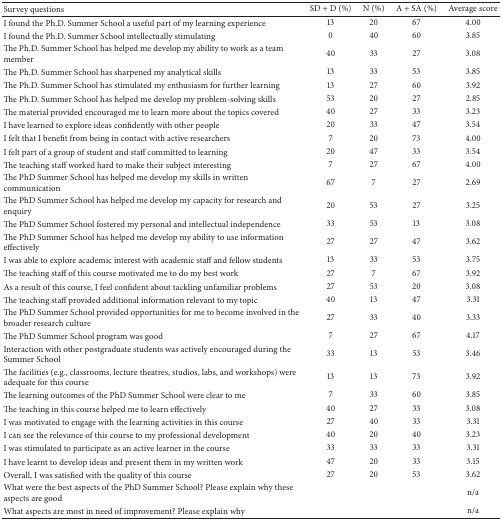
<table><thead><tr><td><b>Survey questions</b></td><td><b>SD + D (%)</b></td><td><b>N (%)</b></td><td><b>A + SA (%)</b></td><td><b>Average score</b></td></tr></thead><tbody><tr><td>I found the PhD Summer School a useful part of my learning experience</td><td>13</td><td>20</td><td>67</td><td>4.00</td></tr><tr><td>I found the PhD Summer School intellectually stimulating </td><td>0</td><td>40</td><td>60</td><td>3.85</td></tr><tr><td>The Ph.D. Summer School has helped me develop my ability to work as a team member</td><td>40</td><td>33</td><td>27</td><td>3.08</td></tr><tr><td>The Ph.D. Summer School has sharpened my analytical skills</td><td>13</td><td>33</td><td>53</td><td>3.85</td></tr><tr><td>The Ph.D. Summer School has stimulated my enthusiasm for further learning</td><td>13</td><td>27</td><td>60</td><td>3.92</td></tr><tr><td>The Ph.D. Summer School has helped me develop my problem-solving skills</td><td>53</td><td>20</td><td>27</td><td>2.85</td></tr><tr><td>The material provided encouraged me to learn more about the topics covered</td><td>40</td><td>27</td><td>33</td><td>3.23</td></tr><tr><td>I have learned to explore ideas confidently with other people</td><td>20</td><td>33</td><td>47</td><td>3.54</td></tr><tr><td>I felt that I benefit from being in contact with active researchers</td><td>7</td><td>20</td><td>73</td><td>4.00</td></tr><tr><td>I felt part of a group of student and staff committed to learning</td><td>20</td><td>47</td><td>33</td><td>3.54</td></tr><tr><td>The teaching staff worked hard to make their subject interesting</td><td>7</td><td>27</td><td>67</td><td>4.00</td></tr><tr><td>The Ph.D. Summer School has helped me develop my skills in written communication</td><td>67</td><td>7</td><td>27</td><td>2.69</td></tr><tr><td>The Ph.D. Summer School has helped me develop my capacity for research and enquiry</td><td>20</td><td>53</td><td>27</td><td>3.25</td></tr><tr><td>The PhD Summer School fostered my personal and intellectual independence</td><td>33</td><td>53</td><td>13</td><td>3.08</td></tr><tr><td>The PhD Summer School has helped me develop my ability to use information effectively</td><td>27</td><td>27</td><td>47</td><td>3.62</td></tr><tr><td>I was able to explore academic interest with academic staff and fellow students </td><td>13</td><td>33</td><td>53</td><td>3.75</td></tr><tr><td>The teaching staff of this course motivated me to do my best work </td><td>27</td><td>7</td><td>67</td><td>3.92</td></tr><tr><td>As a result of this course, I feel confident about tackling unfamiliar problems</td><td>27</td><td>53</td><td>20</td><td>3.08</td></tr><tr><td>The teaching staff provided additional information relevant to my topic</td><td>40</td><td>13</td><td>47</td><td>3.31</td></tr><tr><td>The PhD Summer School provided opportunities for me to become involved in the broader research culture</td><td>27</td><td>33</td><td>40</td><td>3.33</td></tr><tr><td>The PhD Summer School program was good </td><td>7</td><td>27</td><td>67</td><td>4.17</td></tr><tr><td>Interaction with other postgraduate students was actively encouraged during the Summer School</td><td>33</td><td>13</td><td>53</td><td>3.46</td></tr><tr><td>The facilities (e.g., classrooms, lecture theatres, studios, labs, and workshops) were adequate for this course</td><td>13</td><td>13</td><td>73</td><td>3.92</td></tr><tr><td>The learning outcomes of the PhD Summer School were clear to me </td><td>7</td><td>33</td><td>60</td><td>3.85</td></tr><tr><td>The teaching in this course helped me to learn effectively </td><td>40</td><td>27</td><td>33</td><td>3.08</td></tr><tr><td>I was motivated to engage with the learning activities in this course </td><td>27</td><td>40</td><td>33</td><td>3.31</td></tr><tr><td>I can see the relevance of this course to my professional development </td><td>40</td><td>20</td><td>40</td><td>3.23</td></tr><tr><td>I was stimulated to participate as an active learner in the course</td><td>33</td><td>33</td><td>33</td><td>3.31</td></tr><tr><td>I have learnt to develop ideas and present them in my written work </td><td>47</td><td>20</td><td>33</td><td>3.15</td></tr><tr><td>Overall, I was satisfied with the quality of this course</td><td>27</td><td>20</td><td>53</td><td>3.62</td></tr><tr><td>What were the best aspects of the PhD Summer School? Please explain why these aspects are good</td><td> </td><td> </td><td> </td><td>n/a</td></tr><tr><td>What aspects are most in need of improvement? Please explain why</td><td> </td><td> </td><td> </td><td>n/a</td></tr></tbody></table>